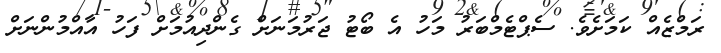
ރަމްޒެއް ކަމަށެވެ. ސެޕްޓެމްބަރު މަހު އެ ބޯޓު ޖަރުމަނަށް ގެންދިއުމަށް ފަހު އާއްމުންނަށް